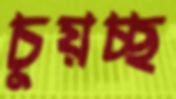
চুয়চ্ছ